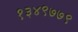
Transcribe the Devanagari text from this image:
१३४९७७९